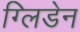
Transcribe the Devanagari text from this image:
ग्लिडेन